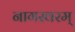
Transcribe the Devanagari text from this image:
नागस्वरम्‌